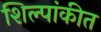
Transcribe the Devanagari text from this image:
शिल्पांकीत